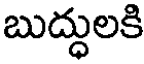
బుద్ధులకి